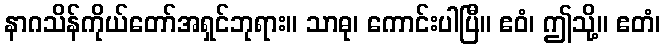
နာဂသိန်ကိုယ်တော်အရှင်ဘုရား။ သာဓု၊ ကောင်းပါပြီ။ ဧဝံ၊ ဤသို့။ ဧတံ၊